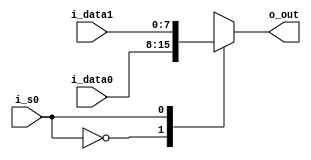

module mux2in1 #(parameter WIDTH=8)(input i_s0,
		input [WIDTH-1:0] i_data0, i_data1,
		output reg [WIDTH-1:0] o_out);


always @(*)
begin
	case (i_s0)
		1'b0: o_out = i_data0;
		1'b1: o_out = i_data1;
	endcase
end

endmodule